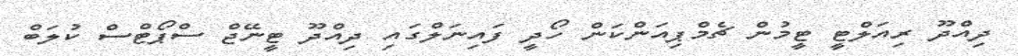
ދިއްދޫ ރިއަލްޓީ ޓީމުން ޗެމްޕިއަންކަން ހޯދީ ފައިނަލްގައި ދިއްދޫ ޓީނޭޖް ސްޕޯޓްސް ކުލަބް